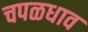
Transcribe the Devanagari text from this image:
चपळधाव